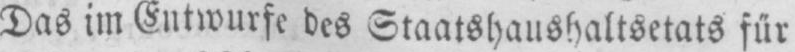
Das im Entwurfe des Staatshaushaltsetats für